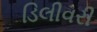
ડિલીવરી